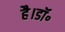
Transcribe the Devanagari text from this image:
है।डॉ॰